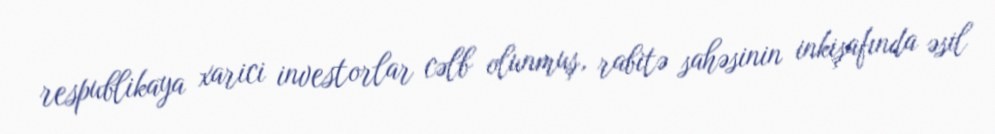
respublikaya xarici investorlar cəlb olunmuş, rabitə sahəsinin inkişafında əsil